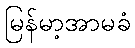
မြန်မာ့အာမခံ